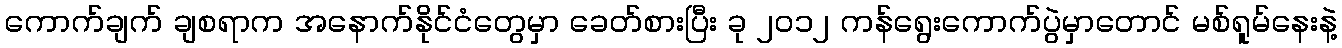
ကောက်ချက် ချစရာက အနောက်နိုင်ငံတွေမှာ ခေတ်စားပြီး ခု ၂၀၁၂ ကန်ရွေးကောက်ပွဲမှာတောင် မစ်ရူမ်နေးနဲ့